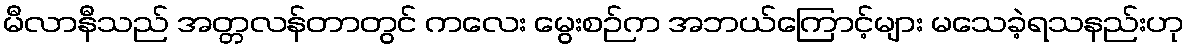
မီလာနီသည် အတ္တလန်တာတွင် ကလေး မွေးစဉ်က အဘယ်ကြောင့်များ မသေခဲ့ရသနည်းဟု